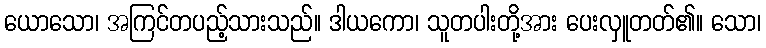
ယောသော၊ အကြင်တပည့်သားသည်။ ဒါယကော၊ သူတပါးတို့အား ပေးလှူတတ်၏။ သော၊